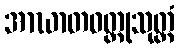
အာဃာတဝတ္ထုသုတ္တံ